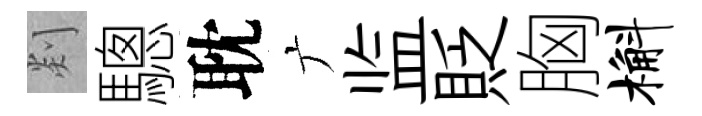
剡驄耽广监貶胸槲